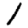
Digit: 1